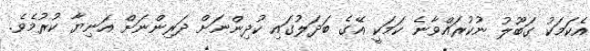
އެކަމަކު ގަބޫލު ނުކުރައްވާނެ ކަމަކީ އޭގެ ބަދަލުގައި ކުދިންނަށް ދަރިންނަށް އަނިޔާ ކުރުމެވެ.